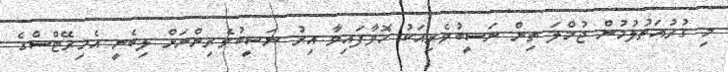
މި ގުރުއަތުލުމުން ޖުމްލަ ތިން ނަސީބުވެރިއަކު ހޮވާފައިވާ އިރު ނަސީބުވެރިންނަށް ލިބެނީ އެމިރޭޓްސްގެ